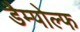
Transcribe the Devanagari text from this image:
डैम्पोल्फ